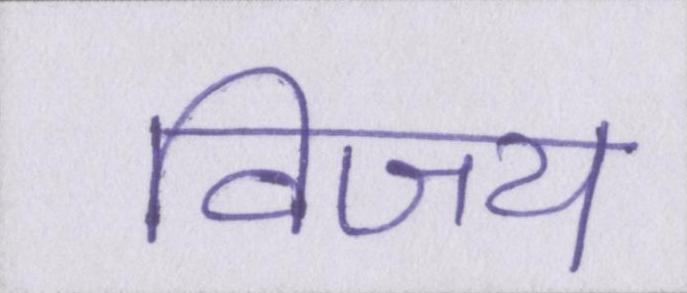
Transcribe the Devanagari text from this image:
विजय